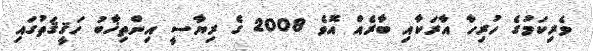
ވެރިކަމުގެ ހުރިހާ އާރަކާއި ބާރެއް އޮވެ 2008 ގެ ރިޔާސީ އިންތިޚާބު ހަޤީޤަތުގައި